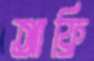
আফ্রি